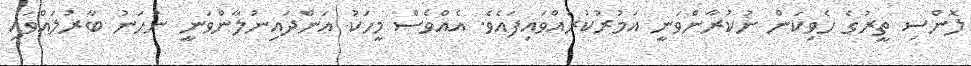
ލޮންސި ތީރުގެ ހެވިކަން ނުކުރާންވަނީ އަމުރުކުރައްވައިފައެވެ. އެއްވެސް މީހަކު އަންދައިނުލާންވަނީ ނުހަނު ބާރުލައްވައި